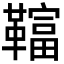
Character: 𩍏